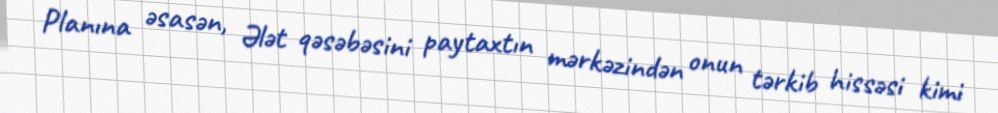
Planına əsasən, Ələt qəsəbəsini paytaxtın mərkəzindən onun tərkib hissəsi kimi